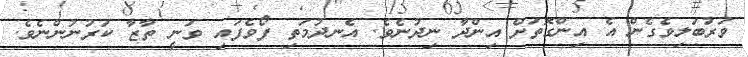
ވަރުބަލިވެގެން އެ އިންގޮތަށް އިންދާ ނިދުނެވެ. އެނދުމަތި ފޯވެފައި ވަނީ ތާޒާ ކަރުނުންނެވެ.